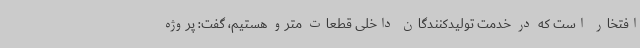
افتخار است که در خدمت تولیدکنندگان داخلی قطعات مترو هستیم، گفت: پروژه